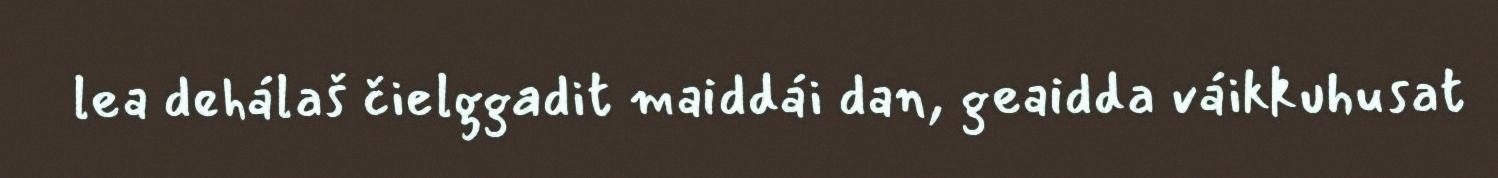
lea dehálaš čielggadit maiddái dan, geaidda váikkuhusat